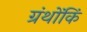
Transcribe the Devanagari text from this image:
ग्रंथोंकिं